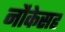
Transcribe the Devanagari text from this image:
नौकेसह